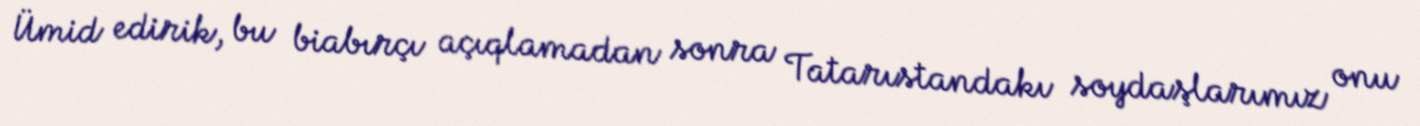
Ümid edirik, bu biabırçı açıqlamadan sonra Tatarıstandakı soydaşlarımız onu